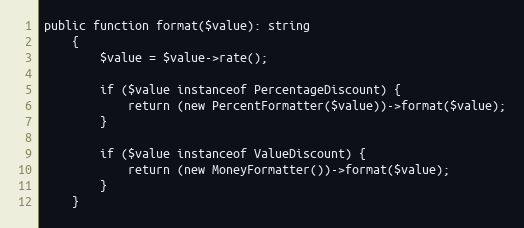
Language: PHP
public function format($value): string
    {
        $value = $value->rate();

        if ($value instanceof PercentageDiscount) {
            return (new PercentFormatter($value))->format($value);
        }

        if ($value instanceof ValueDiscount) {
            return (new MoneyFormatter())->format($value);
        }
    }